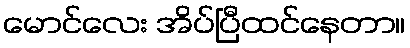
မောင်လေး အိပ်ပြီထင်နေတာ။